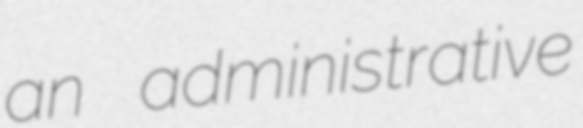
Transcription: an administrative